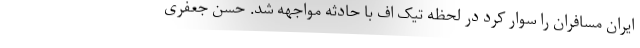
ایران مسافران را سوار کرد در لحظه تیک اف با حادثه مواجهه شد. حسن جعفری